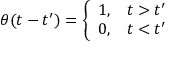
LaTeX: \theta ( t - t ^ { \prime } ) = \left\{ \begin{array} { l l } { { 1 , } } & { { t > t ^ { \prime } } } \\ { { 0 , } } & { { t < t ^ { \prime } } } \end{array} \right.